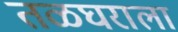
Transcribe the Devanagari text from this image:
तळघराला